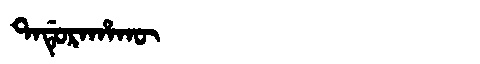
Manchu: ᡨᠠᡩᡠᡵᠠᡥᠠᡴᡡ
Romanization: TADURAHAKŪ